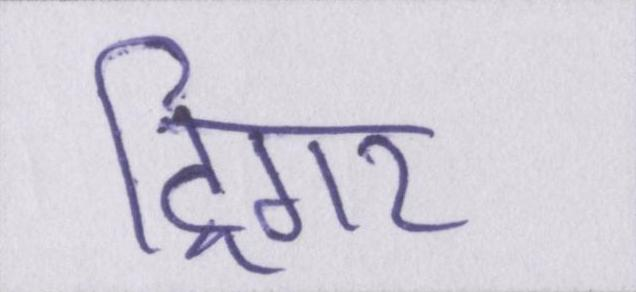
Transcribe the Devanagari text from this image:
ट्रिगर